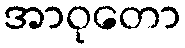
အာဝုတော